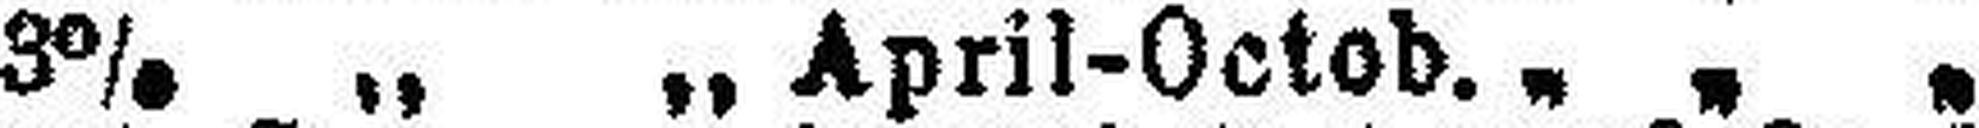
3% „ „ April-Octob. „ „ „